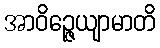
အာဝိဉ္ဇေယျာမာတိ